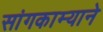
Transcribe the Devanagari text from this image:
सांगकाम्याने